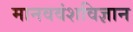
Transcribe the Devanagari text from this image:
मानववंशविज्ञान